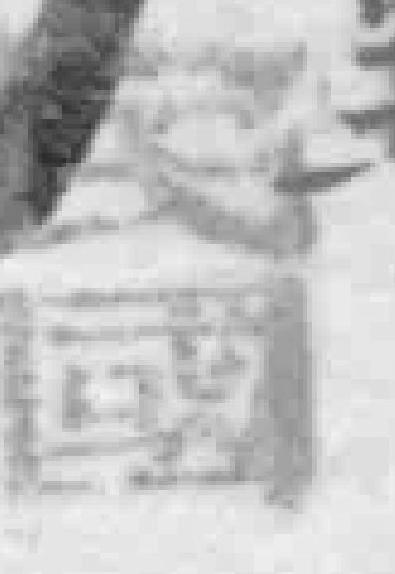
民國